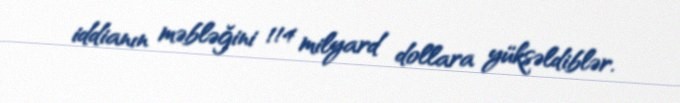
iddianın məbləğini 114 milyard dollara yüksəldiblər.